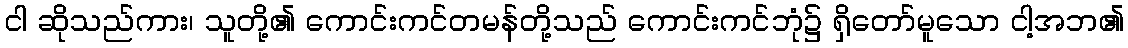
ငါ ဆိုသည်ကား၊ သူတို့၏ ကောင်းကင်တမန်တို့သည် ကောင်းကင်ဘုံ၌ ရှိတော်မူသော ငါ့အဘ၏